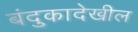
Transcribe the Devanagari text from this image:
बंदुकादेखील